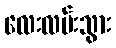
လေးလမ်းသွား